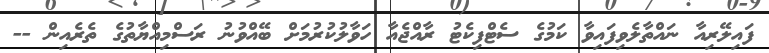
ފައިލޭރިއާ ނައްތާލެވިފައިވާ ކަމުގެ ސެޓްފިކެޓު ރާއްޖެއާ ހަވާލުކުރުމަށް ބޭއްވުނު ރަސްމިއްޔާތުގެ ތެރެއިން --